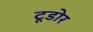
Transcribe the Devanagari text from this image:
टूडोर